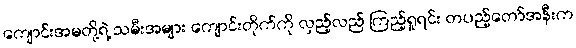
ကျောင်းအမတို့ရဲ့ သမီးအများ ကျောင်းတိုက်ကို လှည့်လည် ကြည့်ရှုရင်း တပည့်တော်အနီးက